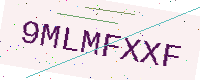
Text: 9MLMFXXF